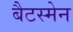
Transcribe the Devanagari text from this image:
बैटस्मेन